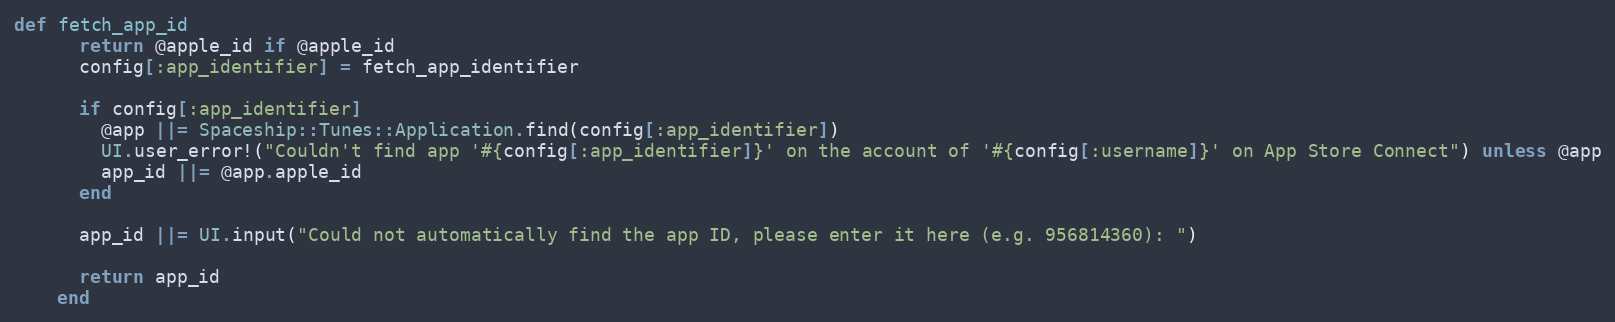
Language: Ruby
def fetch_app_id
      return @apple_id if @apple_id
      config[:app_identifier] = fetch_app_identifier

      if config[:app_identifier]
        @app ||= Spaceship::Tunes::Application.find(config[:app_identifier])
        UI.user_error!("Couldn't find app '#{config[:app_identifier]}' on the account of '#{config[:username]}' on App Store Connect") unless @app
        app_id ||= @app.apple_id
      end

      app_id ||= UI.input("Could not automatically find the app ID, please enter it here (e.g. 956814360): ")

      return app_id
    end